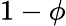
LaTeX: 1-\phi